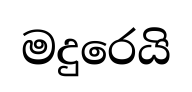
මදුරෙයි